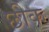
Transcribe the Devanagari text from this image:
छीक